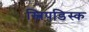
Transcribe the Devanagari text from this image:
स्लिपडिस्क